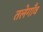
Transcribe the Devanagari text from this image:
तलेगाँव